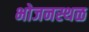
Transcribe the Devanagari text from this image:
भोजनस्थळ